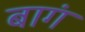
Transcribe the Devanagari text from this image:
बागं